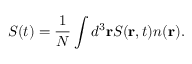
S ( t ) = \frac { 1 } { N } \int d ^ { 3 } \mathbf { r } S ( \mathbf { r } , t ) n ( \mathbf { r } ) .